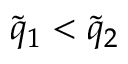
\tilde { q } _ { 1 } < \tilde { q } _ { 2 }